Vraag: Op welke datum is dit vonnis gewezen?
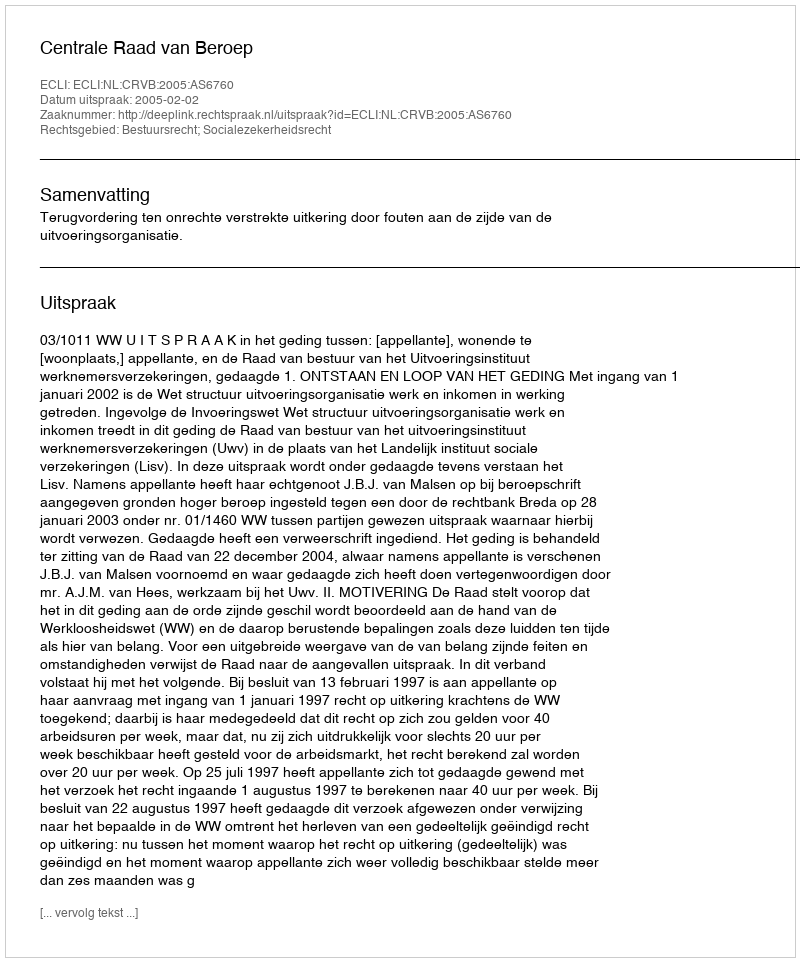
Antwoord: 2005-02-02